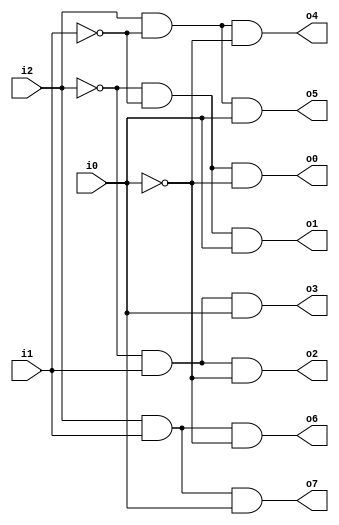
// Quinn Roemer
// decoder1to2.v, 1-to-2 decoder, gate synthesis
// compile: ~changw/ivl/bin/iverilog decoder1to2.v
// run: ./a.out

module decoderMod(i2, i1, i0, o0, o1, o2, o3, o4, o5, o6, o7);
    input i2, i1, i0;
    output o0, o1, o2, o3, o4, o5, o6, o7;

    wire not_i2, not_i1, not_i0;

    not(not_i2, i2);
    not(not_i1, i1);
    not(not_i0, i0);

    and(o0, not_i2, not_i1, not_i0);
    and(o1, not_i2, not_i1, i0);
    and(o2, not_i2, i1, not_i0);
    and(o3, not_i2, i1, i0);
    and(o4, i2, not_i1, not_i0);
    and(o5, i2, not_i1, i0);
    and(o6, i2, i1, not_i0);
    and(o7, i2, i1, i0);
endmodule

module testMod;
    reg i2, i1, i0;
    wire o0, o1, o2, o3, o4, o5, o6, o7;

    decoderMod the_decoder(i2, i1, i0, o0, o1, o2, o3, o4, o5, o6, o7);

    initial begin
      $display("Time  i2  i1  i0   o0  o1  o2  o3  o4  o5  o6  o7");
      $display("----  ----------   ------------------------------");
      $monitor("   %0d   %b   %b   %b   %b   %b   %b   %b   %b   %b   %b   %b",$time, i2, i1, i0, o0, o1, o2, o3, o4, o5, o6, o7);
    end

    initial begin
      i2 = 0; i1 = 0; i0 = 0;
      #1;
      i2 = 0; i1 = 0; i0 = 1;
      #1;
      i2 = 0; i1 = 1; i0 = 0;
      #1;
      i2 = 0; i1 = 1; i0 = 1;
      #1;
      i2 = 1; i1 = 0; i0 = 0;
      #1;
      i2 = 1; i1 = 0; i0 = 1;
      #1;
      i2 = 1; i1 = 1; i0 = 0;
      #1;
      i2 = 1; i1 = 1; i0 = 1;
    end
endmodule